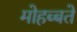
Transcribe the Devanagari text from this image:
मोहब्बते